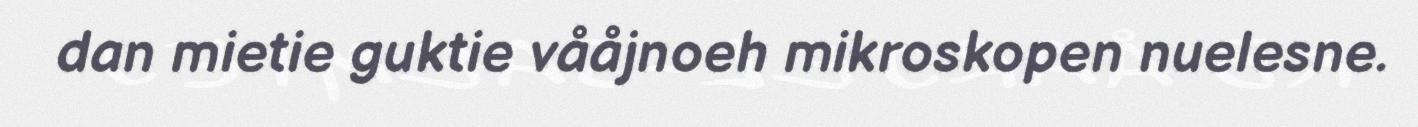
dan mietie guktie vååjnoeh mikroskopen nuelesne.